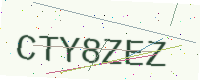
Text: CTY8ZEZ